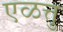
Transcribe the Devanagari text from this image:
एळत्तु